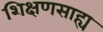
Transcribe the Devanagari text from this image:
शिक्षणसाह्य